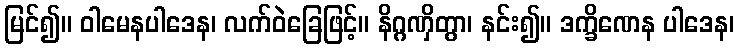
မြင်၍။ ဝါမေနပါဒေန၊ လက်ဝဲခြေဖြင့်။ နိဂ္ဂဏှိတွာ၊ နင်း၍။ ဒက္ခိဏေန ပါဒေန၊